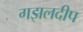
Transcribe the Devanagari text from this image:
गझलदीप